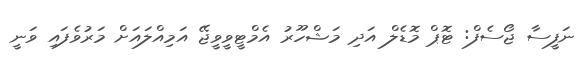
ނަފީސާ ޖޯސެފް: ޓޮޕް މޮޑެލް އަދި މަޝްހޫރު އެމްޓީވީވީޖޭ އަމިއްލައަށް މަރުވެފައި ވަނީ